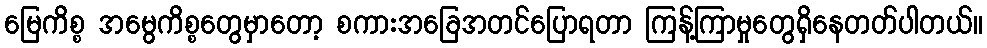
မြေကိစ္စ အမွေကိစ္စတွေမှာတော့ စကားအခြေအတင်ပြောရတာ ကြန့်ကြာမှုတွေရှိနေတတ်ပါတယ်။